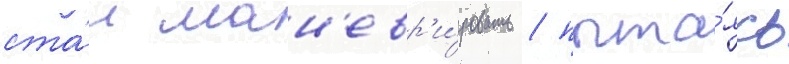
ста́л ман'евр'и́ровать / пыта́ясь